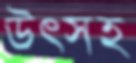
উৎসহ